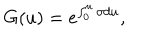
G ( u ) = e ^ { \int _ { 0 } ^ { u } \sigma d u } ,